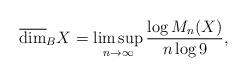
LaTeX: \begin{align*} \overline{\dim}_B X=\limsup_{n\to \infty} \frac{\log M_{n}(X)}{n \log 9},\end{align*}